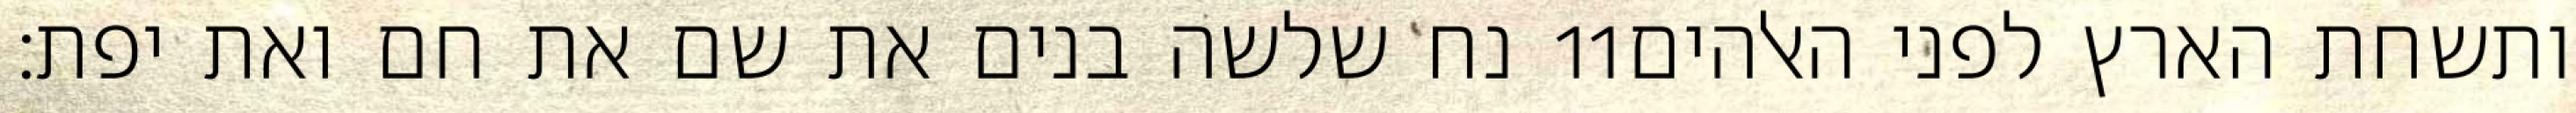
נח שלשה בנים את שם את חם ואת יפת׃ ‎11‏ ותשחת הארץ לפני האלהים